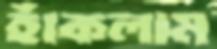
হাঁকলাম